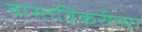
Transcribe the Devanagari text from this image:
वास्तविकरीत्या